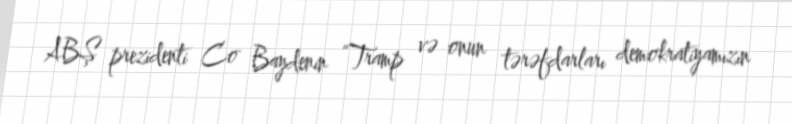
ABŞ prezidenti Co Baydenin “Tramp və onun tərəfdarları demokratiyamızın